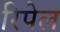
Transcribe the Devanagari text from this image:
रिपेल